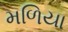
મળિયા